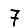
Digit: 7